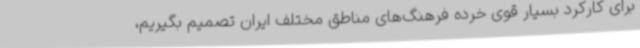
برای کارکرد بسیار قوی خرده فرهنگ‌های مناطق مختلف ایران تصمیم بگیریم،